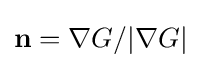
\mathbf {n} =\nabla G/|\nabla G|